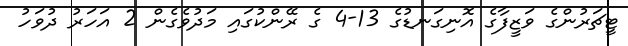
ޓީޗަރުންގެ ވަޒީފާގެ އޮނިގަނޑުގެ 13-4 ގެ ރޭންކުގައި މަދުވެގެން 2 އަހަރު ދުވަހު